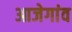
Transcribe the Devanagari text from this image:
आजेगांव